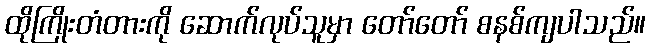
ထိုကြိုးတံတားကို ဆောက်လုပ်သူမှာ တော်တော် စနစ်ကျပါသည်။